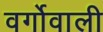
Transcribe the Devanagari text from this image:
वर्गोवाली